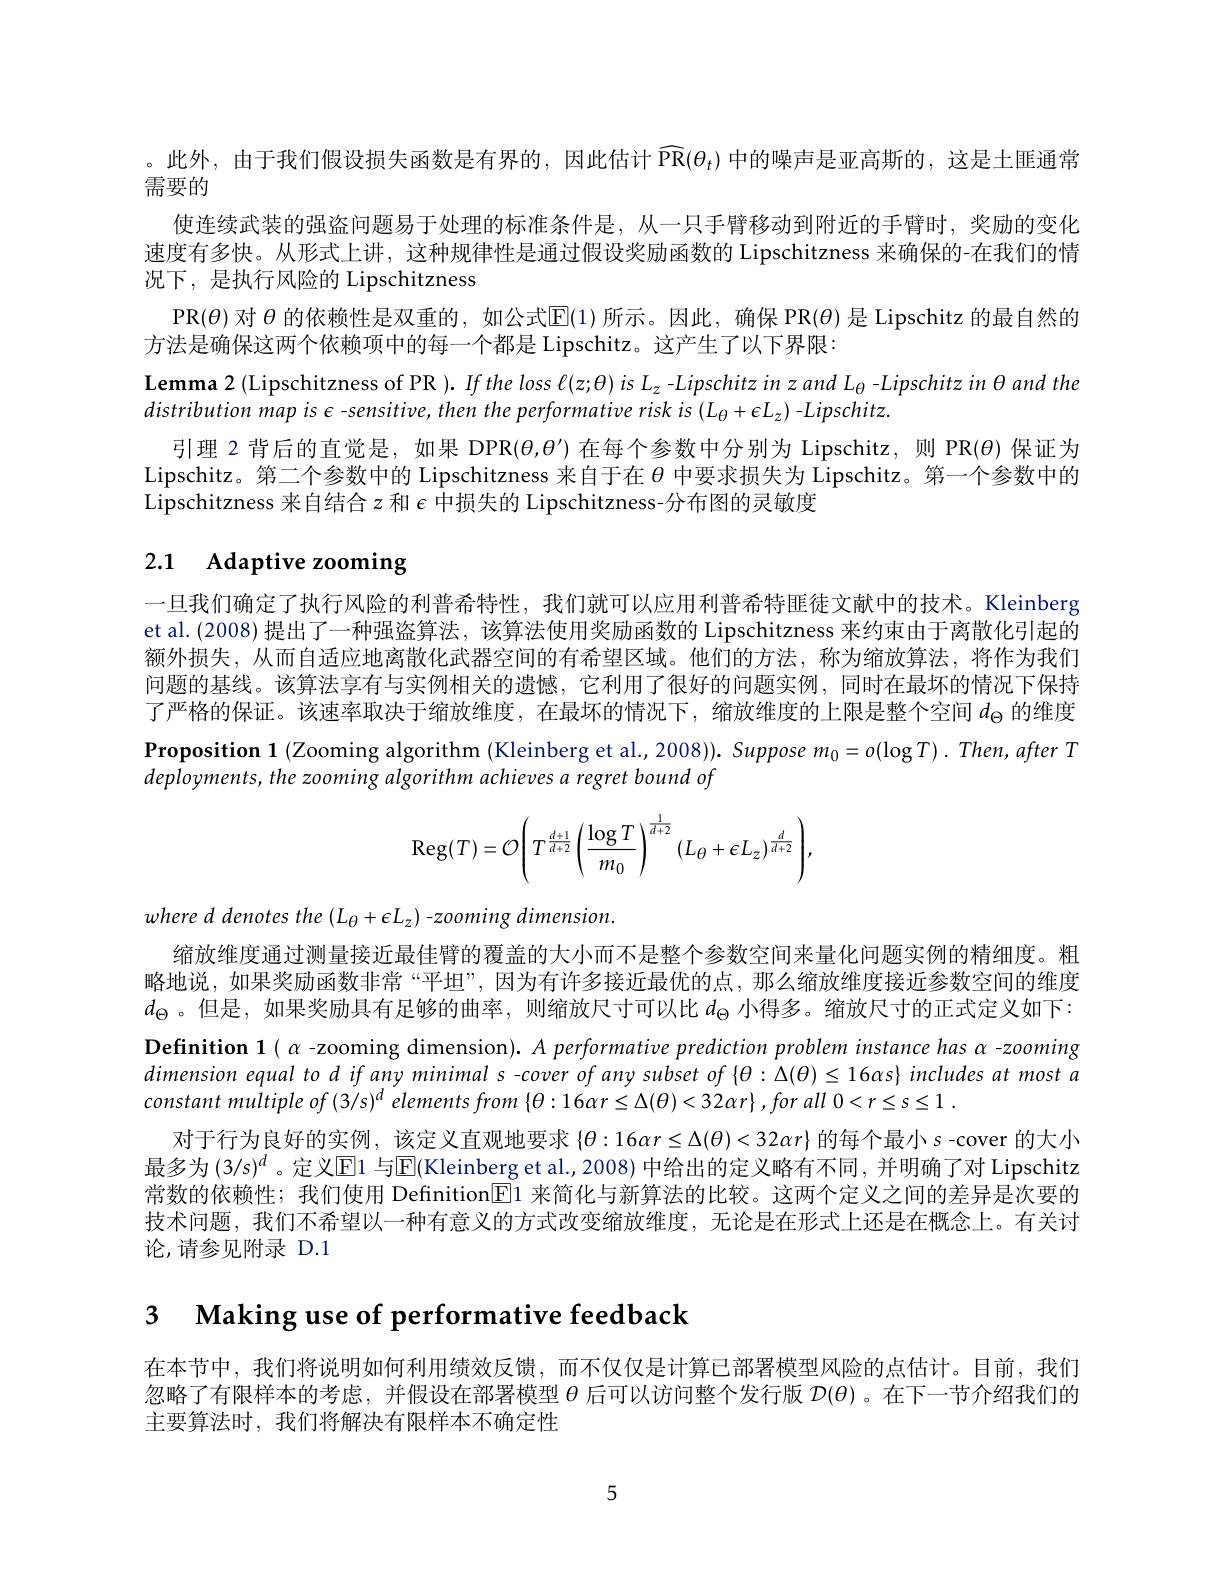
。此外，由于我们假设损失函数是有界的，因此估计$\widehat{\mathbb{PR}}(\theta_t)$ 中的噪声是亚高斯的，这是土匪通常
需要的
使连续武装的强盗问题易于处理的标准条件是，从一只手臂移动到附近的手臂时，奖励的变化速度有多快。从形式上讲，这种规律性是通过假设奖励函数的 Lipschitzness 来确保的-在我们的情况下，是执行风险的 Lipschitzness
PR($\theta) 对 θ 的依赖性是双重的，如公式[E(1) 所示。因此，确保 PR(θ) 是 Lipschitz 的最自然的$
方法是确保这两个依赖项中的每一个都是 Lipschitz。这产生了以下界限：
Lemma 2 (Lipschitzness of PR ). If the loss $\ell(z;\theta)is~L_z-Lipschitz~in~z~and~L_\theta~-Lipschitz~in~\theta~and~the$
distribution map is $\epsilon$ -sensitive, then the performative risk is ( L $L_\theta+\epsilon L_z)$ -Lipschitz.
引理 2 背后的直觉是，如果 DPR$(\theta,\theta^{\prime})$在每个参数中分别为 Lipschitz, 则 PR(\theta)保证为Lipschitz。第二个参数中的 Lipschitzness 来自于在$\theta$中要求损失为 Lipschitz。第一个参数中的Lipschitzness 来自结合$z$和$\epsilon$中损失的 Lipschitzness-分布图的灵敏度

# 2.1 Adaptive zooming

一旦我们确定了执行风险的利普希特性，我们就可以应用利普希特匪徒文献中的技术。Kleinberg et al. (2008) 提出了一种强盗算法，该算法使用奖励函数的 Lipschitzness 来约束由于离散化引起的额外损失，从而自适应地离散化武器空间的有希望区域。他们的方法，称为缩放算法，将作为我们问题的基线。该算法享有与实例相关的遗憾，它利用了很好的问题实例，同时在最坏的情况下保持了严格的保证。该速率取决于缩放维度，在最坏的情况下，缩放维度的上限是整个空间$d_\mathrm{\Theta}$的维度Proposition 1 (Zooming algorithm (Kleinberg et al.,2008)). Suppose $m_0=o(\log T).$ Then, after T deployments, the zooming algorithm achieves a regret bound of
$$\mathrm{Reg}(T)=\mathcal{O}\Bigg(T^{\frac{d+1}{d+2}}\Bigg(\frac{\log T}{m_0}\Bigg)^{\frac{1}{d+2}}(L_\theta+\epsilon L_z)^{\frac{d}{d+2}}\Bigg),$$
where d denotes the $(L_\theta+\epsilon L_z)$ -zooming dimension.
缩放维度通过测量接近最佳臂的覆盖的大小而不是整个参数空间来量化问题实例的精细度。粗略地说，如果奖励函数非常“平坦”,因为有许多接近最优的点，那么缩放维度接近参数空间的维度$d_\Theta$。但是，如果奖励具有足够的曲率，则缩放尺寸可以比$d_\Theta$小得多。缩放尺寸的正式定义如下： Definition $\mathbf{1}(\alpha$ -zooming dimension). $A$ performative prediction problem instance has $\alpha$ -zooming dimension equal to d if any minimal s -cover of any subset of $\{\theta:\Delta(\theta)\leq16\alpha s\}$ includes at most a constant multiple of (3/s)$^d$ elements from $\{ \theta : 16\alpha r\leq \Delta ( \theta ) < 32\alpha r\} , forall$ $0< r\leq s\leq 1.$
对于行为良好的实例，该定义直观地要求$\{\theta:16\alpha r\leq\Delta(\theta)<32\alpha r\}$的每个最小$s$ -cover 的大小最多为 (3/s)$^d$ 。定义[E]1 与$|\mathbb{E}|$Kleinberg et al.,2008) 中给出的定义略有不同 , 并明确了对 Lipschitz 常数的依赖性；我们使用 Definition$\overline{\mathrm{E}}$1 来简化与新算法的比较。这两个定义之间的差异是次要的技术问题，我们不希望以一种有意义的方式改变缩放维度，无论是在形式上还是在概念上。有关讨论，请参见附录 D.1

3 Making use of performative feedback

在本节中，我们将说明如何利用绩效反馈，而不仅仅是计算已部署模型风险的点估计。目前，我们忽略了有限样本的考虑，并假设在部署模型$\theta$后可以访问整个发行版$D(\theta)$ 。在下一节介绍我们的主要算法时，我们将解决有限样本不确定性

5